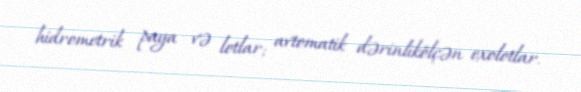
hidrometrik paya və lotlar; avtomatik dərinlikölçən exolotlar.